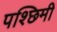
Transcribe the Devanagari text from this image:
पश्छिमी